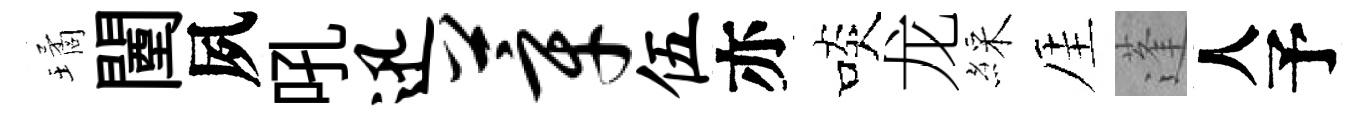
璚闉夙吼迅莘伍亦啖龙綵厓蓬人予